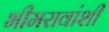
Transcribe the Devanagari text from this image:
भीमरावांशी